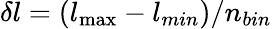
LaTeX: \delta l=(l_{\operatorname*{max}}-l_{min})/n_{bin}